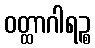
ဝတ္ထာဂါရဉ္စ